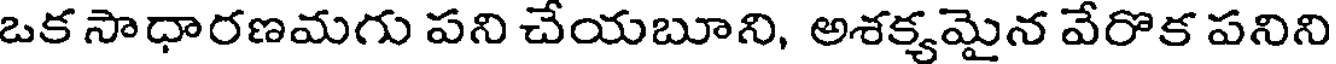
ఒక సాధారణమగు పని చేయబూని, అశక్యమైన వేరొక పనిని